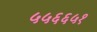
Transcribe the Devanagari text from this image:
५५६६५१